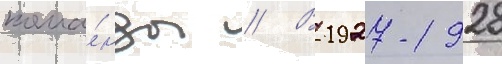
кома́нды // В 1927-1928